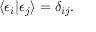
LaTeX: \langle \epsilon _ { i } | \epsilon _ { j } \rangle = \delta _ { i j } .